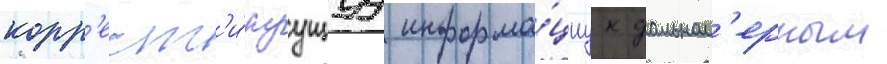
корр'ект'и́руущуу информа́циу к дальном'ерным